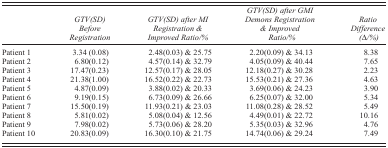
|  | GTV(SD) Before Registration | GTV(SD) after MI Registration & Improved Ratio/% | GTV(SD) after GMI Demons Registration & Improved Ratio/% | Ratio Difference (Δ/%) |
 | --- | --- | --- | --- | --- |
 | Patient 1 | 3.34 (0.08) | 2.48(0.03) & 25.75 | 2.20(0.09) & 34.13 | 8.38 |
 | Patient 2 | 6.80(0.12) | 4.57(0.14) & 32.79 | 4.05(0.09) & 40.44 | 7.65 |
 | Patient 3 | 17.47(0.23) | 12.57(0.17) & 28.05 | 12.18(0.27) & 30.28 | 2.23 |
 | Patient 4 | 21.38(1.00) | 16.52(0.22) & 22.73 | 15.53(0.21) & 27.36 | 4.63 |
 | Patient 5 | 4.87(0.09) | 3.88(0.02) & 20.33 | 3.69(0.06) & 24.23 | 3.90 |
 | Patient 6 | 9.19(0.15) | 6.73(0.09) & 26.66 | 6.25(0.07) & 32.00 | 5.34 |
 | Patient 7 | 15.50(0.19) | 11.93(0.21) & 23.03 | 11.08(0.28) & 28.52 | 5.49 |
 | Patient 8 | 5.81(0.02) | 5.08(0.04) & 12.56 | 4.49(0.01) & 22.72 | 10.16 |
 | Patient 9 | 7.98(0.02) | 5.73(0.06) & 28.20 | 5.35(0.03) & 32.96 | 4.76 |
 | Patient 10 | 20.83(0.09) | 16.30(0.10) & 21.75 | 14.74(0.06) & 29.24 | 7.49 |